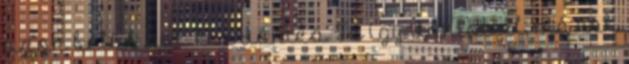
azon belül sok kis döntés. Te így döntöttél, mások